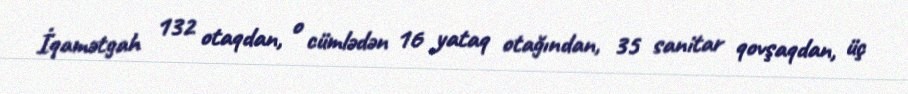
İqamətgah 132 otaqdan, o cümlədən 16 yataq otağından, 35 sanitar qovşaqdan, üç